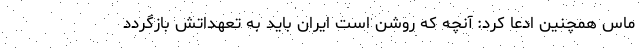
ماس همچنین ادعا کرد: آنچه که روشن است ایران باید به تعهداتش بازگردد